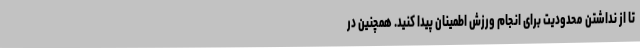
تا از نداشتن محدودیت برای انجام ورزش اطمینان پیدا کنید. همچنین در